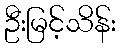
ဦးမြင့်သိန်း